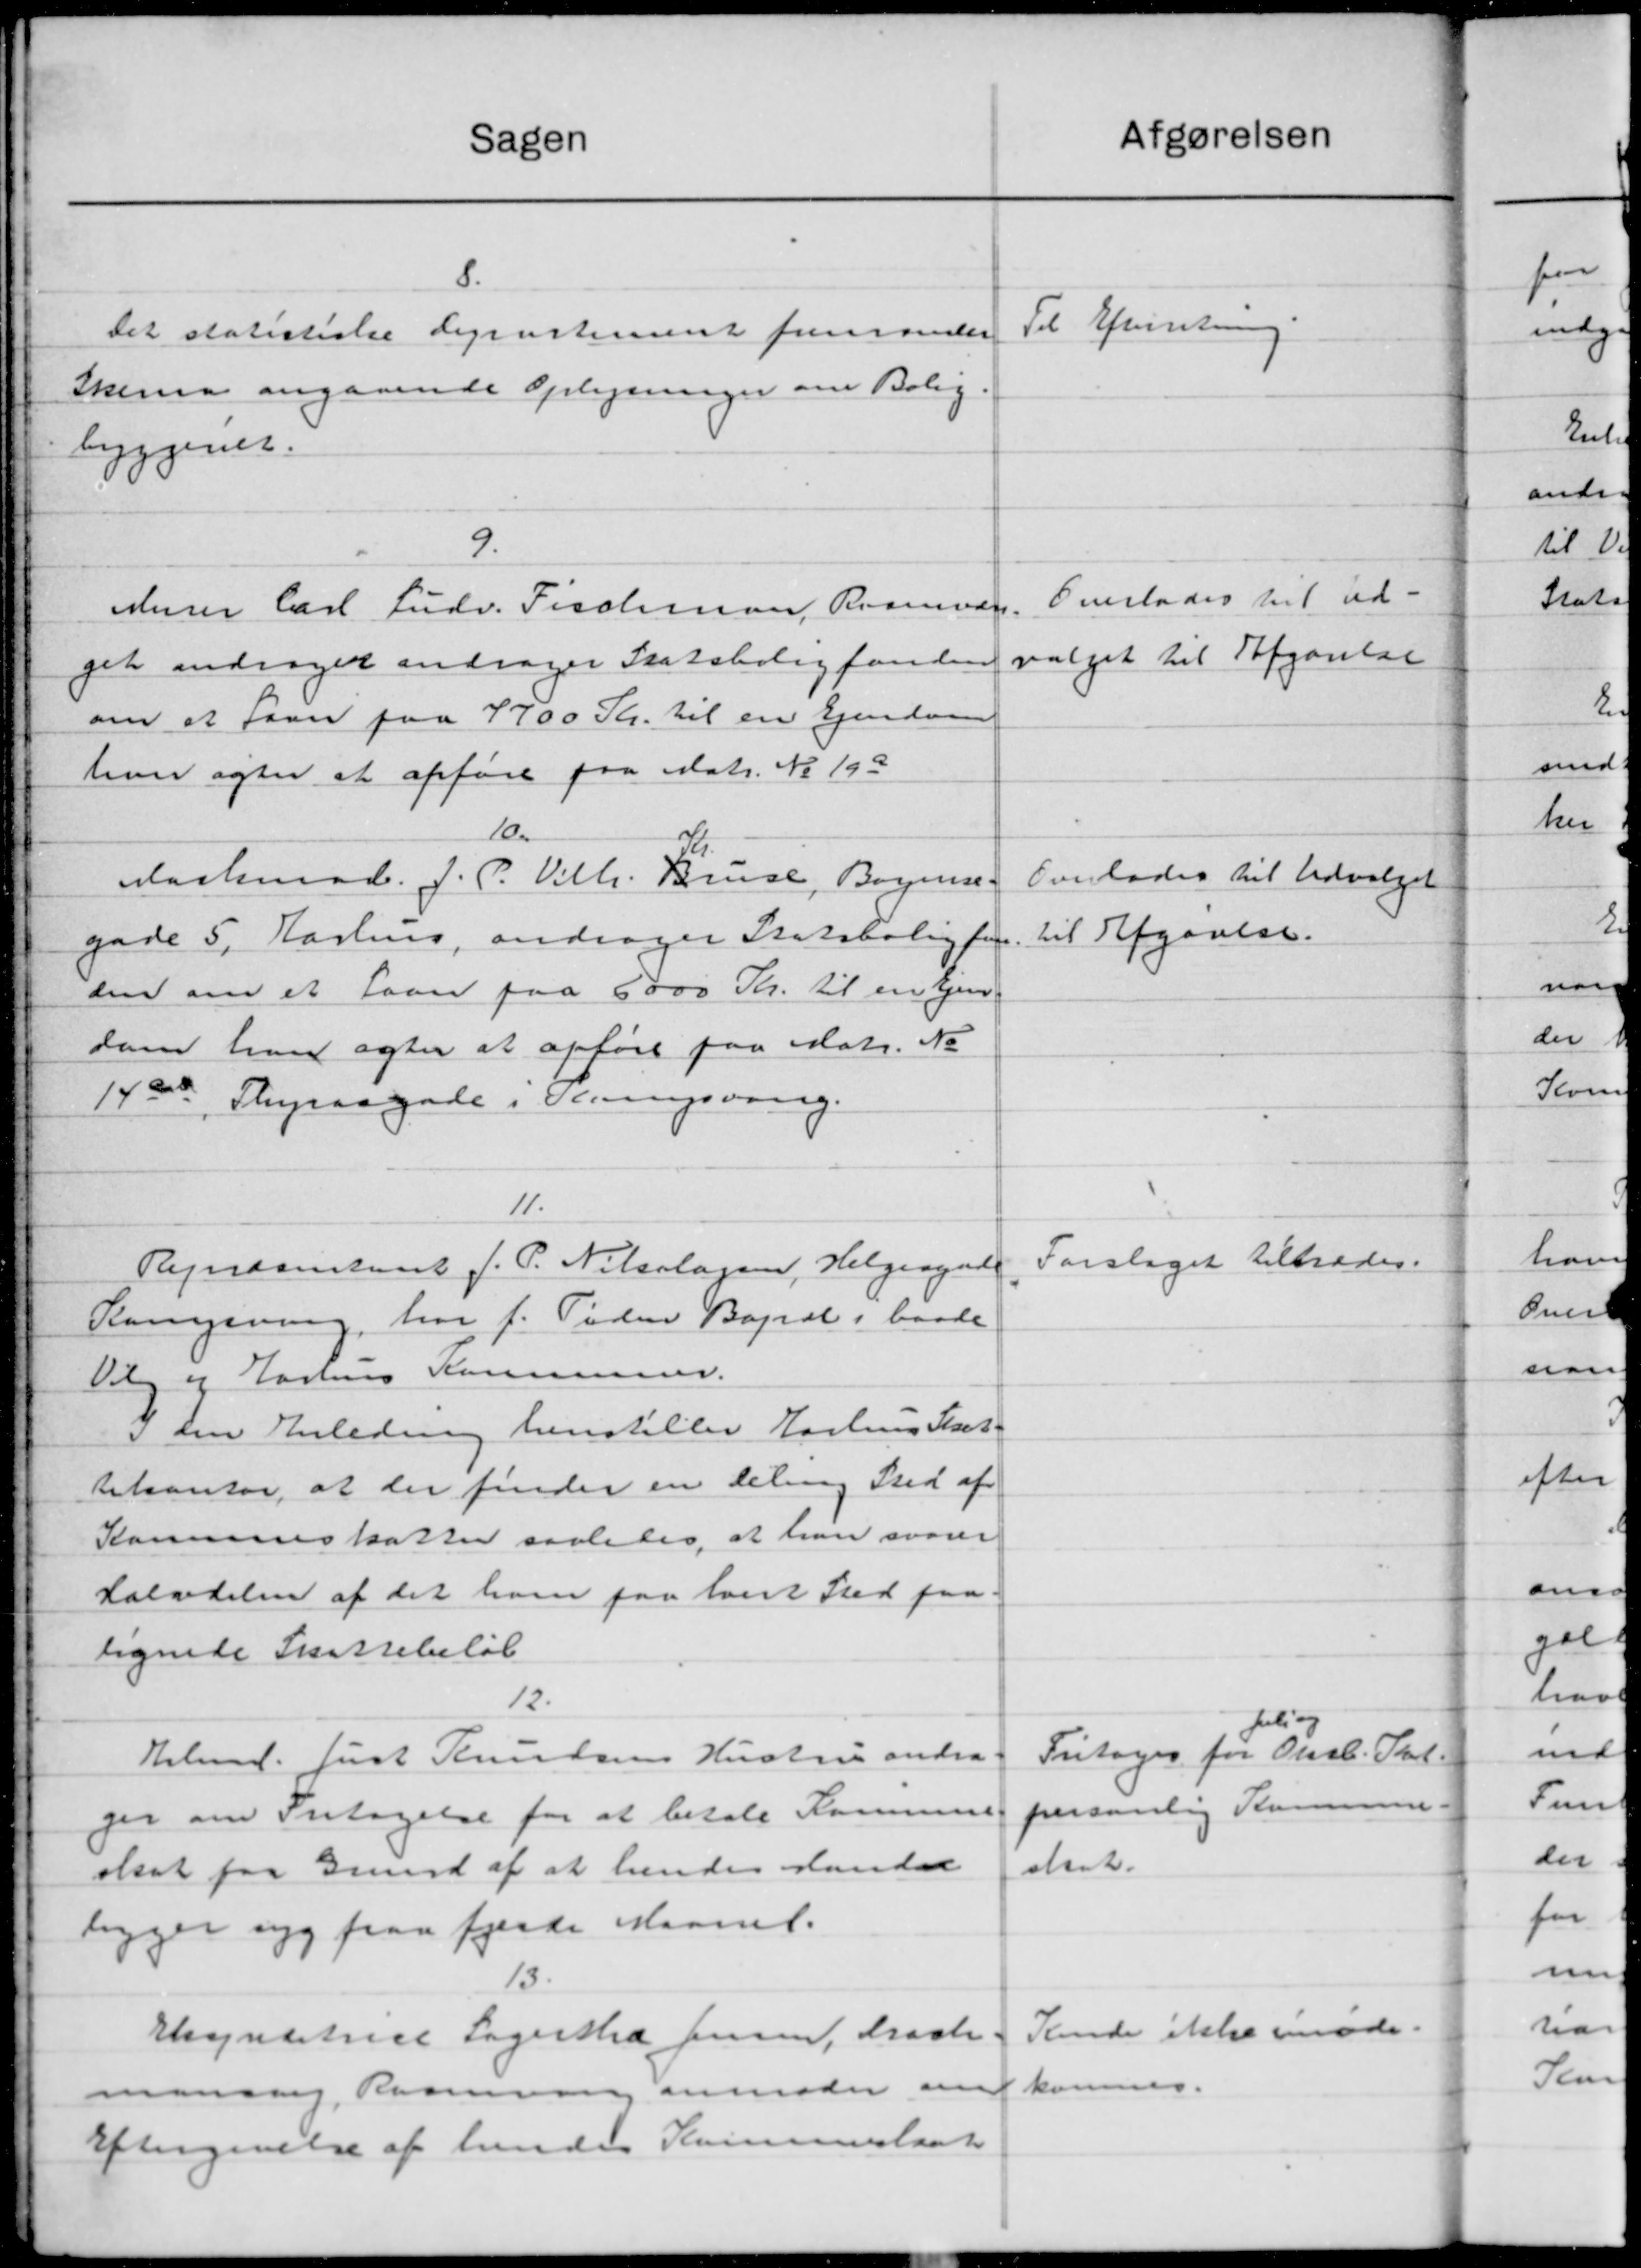
Transskription:
afgørelsen
Sagen
8.
Til Efterretning.
Det statistiske Lignestement fremsendes
Skema angaaende Optegninger om Bolig
byggenet.
9.
Overlades til ud
Murer Carl Ludv. Fischman, Rasmusen.
valget til Afgørelse
get andraget andrager Statsboligfonden
om at faar paa 7700 Kr. til en Ejendom
hver agter at opføre paa Matr. No 193
10.
Overlades til Udvalget
Markmad. J. P. Vilh. Bruce, Bogen.
til Afgørelse.
gade 5, Aarhus, andrager Statsbolig for
den om et Laan paa 6000 Kr. til en Ejen
som hver agter at opføre paa Matr. No
14000 Styraagade i Oringsvang.
11.
Forslaget tiltrædes
Regnsanstant J. P. Nilslagsen, Helgaaende
Ransning, har f. Tiden Bapral i baade
Valg og Hastens Kommuner.
i den Anledning henstiller Aarhus Skat-
tikontor, at der finder en Deling Sted af
Komuneskatter saaledes at han svarer
Salvdelen af det ham paa hvert Sted paa
lignede Skattebeløb
12.
peling
Fritages for Oksb. Sk
Helmd. Just Knudsens Hustru andra-
personlig Komunen
ger om Fritagelse for at betale Kommune
stat.
skat paa Grund af at hendes sandet
ligger syg paa fjerde Maaned.
13.
Kende ikke møde
Esendtes Sagersted Jensen, Præste
maning Kommunen anmoder indkommes.
Eftergivelse af hendes Kommuneslaas